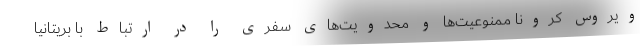
ویروس کرونا ممنوعیت‌ها و محدویت‌های سفری را در ارتباط با بریتانیا